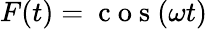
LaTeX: F(t)=\mathrm{~c~o~s~}(\omega t)